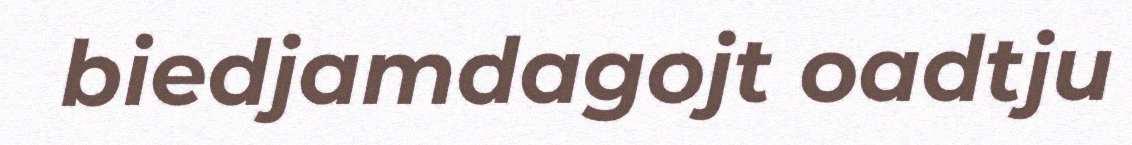
biedjamdagojt oadtju